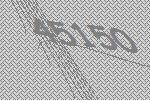
45150